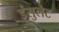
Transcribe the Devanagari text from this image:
इंसुलेट